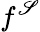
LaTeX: f^{\mathscr{S}}